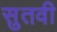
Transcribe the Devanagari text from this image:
सुतवी